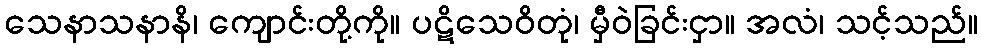
သေနာသနာနိ၊ ကျောင်းတို့ကို။ ပဋိသေဝိတုံ၊ မှီဝဲခြင်းငှာ။ အလံ၊ သင့်သည်။